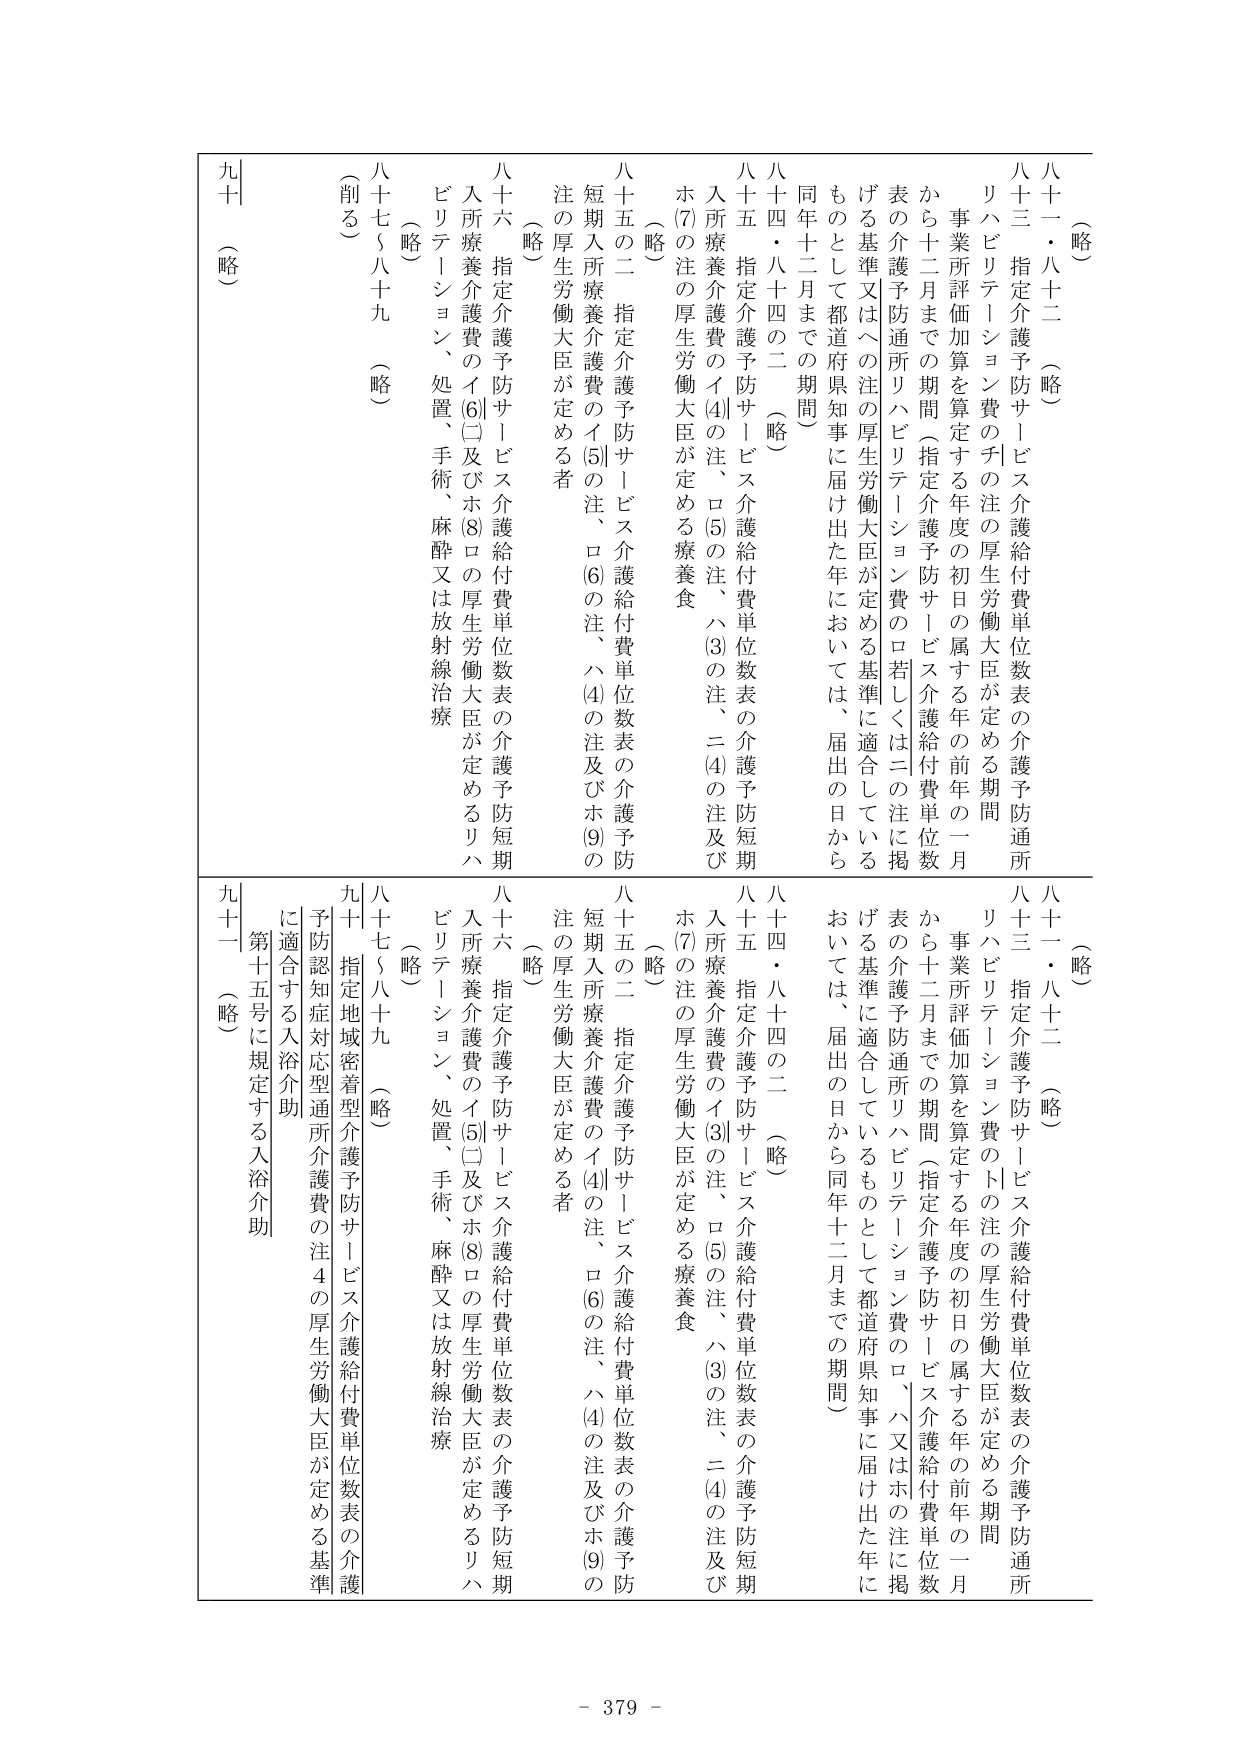
（略）
八十一・八十二（略）
八十三 指定介護予防サービス介護給付費単位数表の介護予防通所リハビリテーション費のチの注の厚生労働大臣が定める期間
事業所評価加算を算定する年度の初日の属する年の前年の一月から十二月までの期間（指定介護予防サービス介護給付費単位数表の介護予防通所リハビリテーション費のロ若しくはニの注に掲げる基準又はヘの注の厚生労働大臣が定める基準に適合しているものとして都道府県知事に届け出た年においては、届出の日から同年十二月までの期間）
八十四・八十四の二（略）
八十五 指定介護予防サービス介護給付費単位数表の介護予防短期入所療養介護費のイ[4]の注、ロ[5]の注、ハ[3]の注、ニ[4]の注及びホ[7]の注の厚生労働大臣が定める療養食
（略）
八十五の二 指定介護予防サービス介護給付費単位数表の介護予防短期入所療養介護費のイ[5]の注、ロ[6]の注、ハ[4]の注及びホ[9]の注の厚生労働大臣が定める者
（略）
八十六 指定介護予防サービス介護給付費単位数表の介護予防短期入所療養介護費のイ[6]（□及びホ[8]ロの厚生労働大臣が定めるリハビリテーション、処置、手術、麻酔又は放射線治療
（略）
八十七～八十九（略）
（削る）
九十（略）

（略）
八十一・八十二（略）
八十三 指定介護予防サービス介護給付費単位数表の介護予防通所リハビリテーション費のトの注の厚生労働大臣が定める期間
事業所評価加算を算定する年度の初日の属する年の前年の一月から十二月までの期間（指定介護予防サービス介護給付費単位数表の介護予防通所リハビリテーション費のロ、ハ又はホの注に掲げる基準に適合しているものとして都道府県知事に届け出た年においては、届出の日から同年十二月までの期間）
八十四・八十四の二（略）
八十五 指定介護予防サービス介護給付費単位数表の介護予防短期入所療養介護費のイ[3]の注、ロ[5]の注、ハ[3]の注、ニ[4]の注及びホ[7]の注の厚生労働大臣が定める療養食
（略）
八十五の二 指定介護予防サービス介護給付費単位数表の介護予防短期入所療養介護費のイ[4]の注、ロ[6]の注、ハ[4]の注及びホ[9]の注の厚生労働大臣が定める者
（略）
八十六 指定介護予防サービス介護給付費単位数表の介護予防短期入所療養介護費のイ[5]（□及びホ[8]ロの厚生労働大臣が定めるリハビリテーション、処置、手術、麻酔又は放射線治療
（略）
八十七～八十九（略）
九十 指定地域密着型介護予防サービス介護給付費単位数表の介護予防認知症対応型通所介護費の注４の厚生労働大臣が定める基準に適合する入浴介助
九十一（略）
第十五号に規定する入浴介助

- 379 -